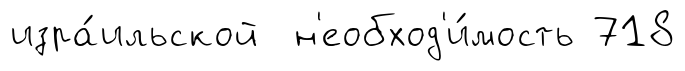
изра́ильской н'еобход'и́мость 718